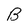
Character: B